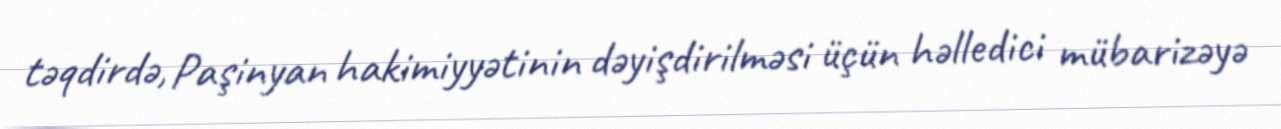
təqdirdə, Paşinyan hakimiyyətinin dəyişdirilməsi üçün həlledici mübarizəyə